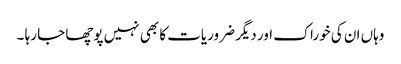
وہاں ان کی خوراک اور دیگر ضروریات کا بھی نہیں پوچھا جا رہا ۔